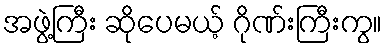
အဖွဲ့ကြီး ဆိုပေမယ့် ဂိုဏ်းကြီးကွ။